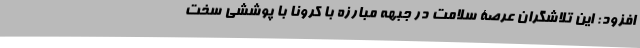
افزود: این تلاشگران عرصۀ سلامت در جبهه مبارزه با کرونا با پوششی سخت